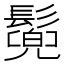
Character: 𩮷